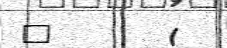
"       (